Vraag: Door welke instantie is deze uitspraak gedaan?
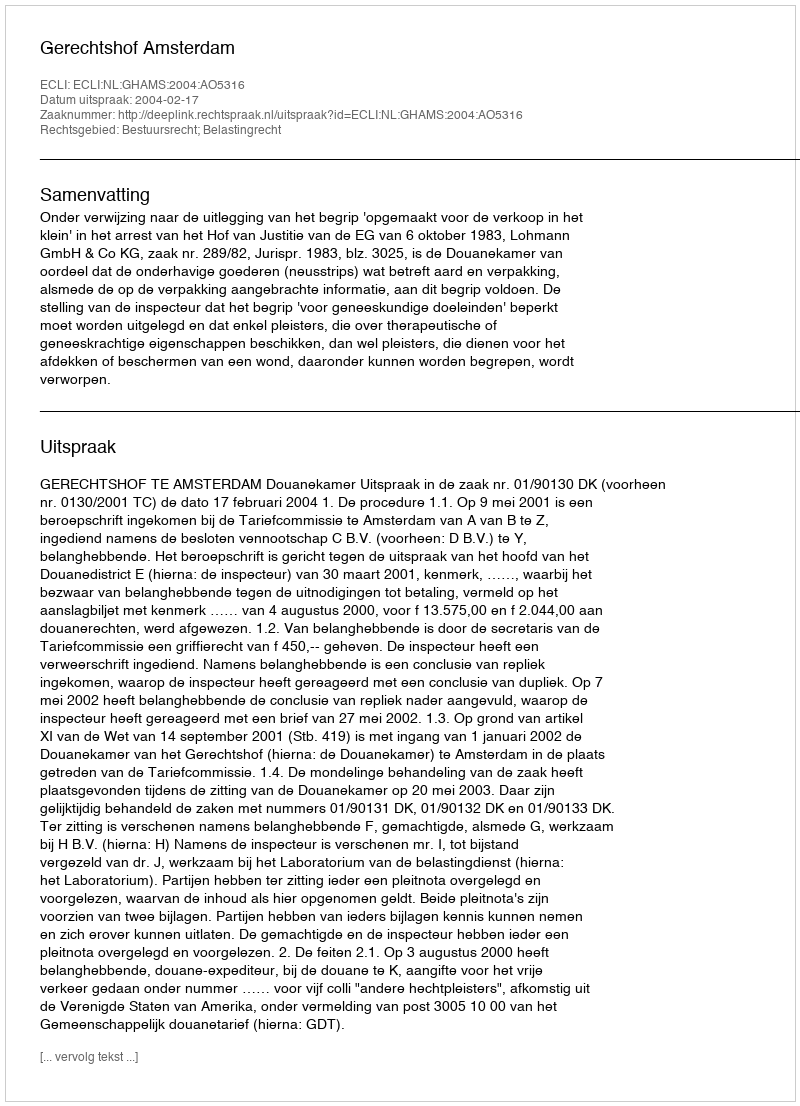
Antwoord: Gerechtshof Amsterdam